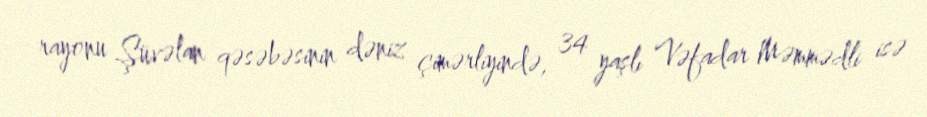
rayonu Şüvəlan qəsəbəsinin dəniz çimərliyində, 34 yaşlı Vəfadar Məmmədli isə